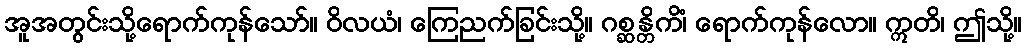
အူအတွင်းသို့ရောက်ကုန်သော်။ ဝိလယံ၊ ကြေညက်ခြင်းသို့။ ဂစ္ဆန္တိကိံ၊ ရောက်ကုန်လော။ ဣတိ၊ ဤသို့။